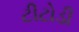
ટીટોડી